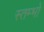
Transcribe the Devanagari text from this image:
स्‍तम्‍भों